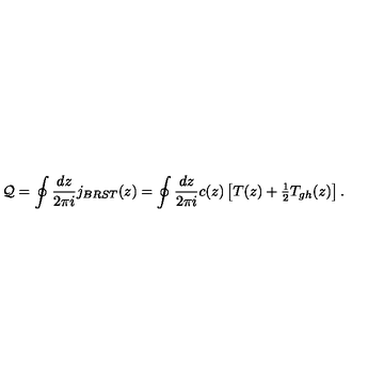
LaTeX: { \cal Q } = \oint \frac { d z } { 2 \pi i } j _ { B R S T } ( z ) = \oint \frac { d z } { 2 \pi i } c ( z ) \left[ T ( z ) + \textstyle { \frac { 1 } { 2 } } T _ { g h } ( z ) \right] .